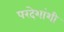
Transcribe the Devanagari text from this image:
परदेशांशी